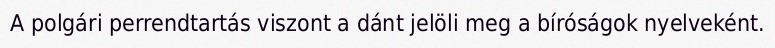
A polgári perrendtartás viszont a dánt jelöli meg a bíróságok nyelveként.